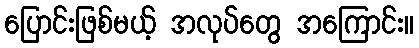
ပြောင်းဖြစ်မယ့် အလုပ်တွေ အကြောင်း။